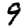
Digit: 9